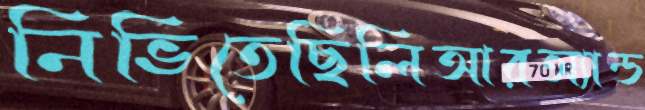
নিভিতেছিলিআরঅ্যান্ড